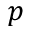
p